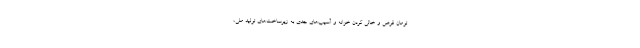
تومان قرض و خالی کردن خزانه و آسیب‌های جدی به زیرساخت‌های تولید ملی،